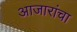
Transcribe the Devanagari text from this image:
आजारांचा